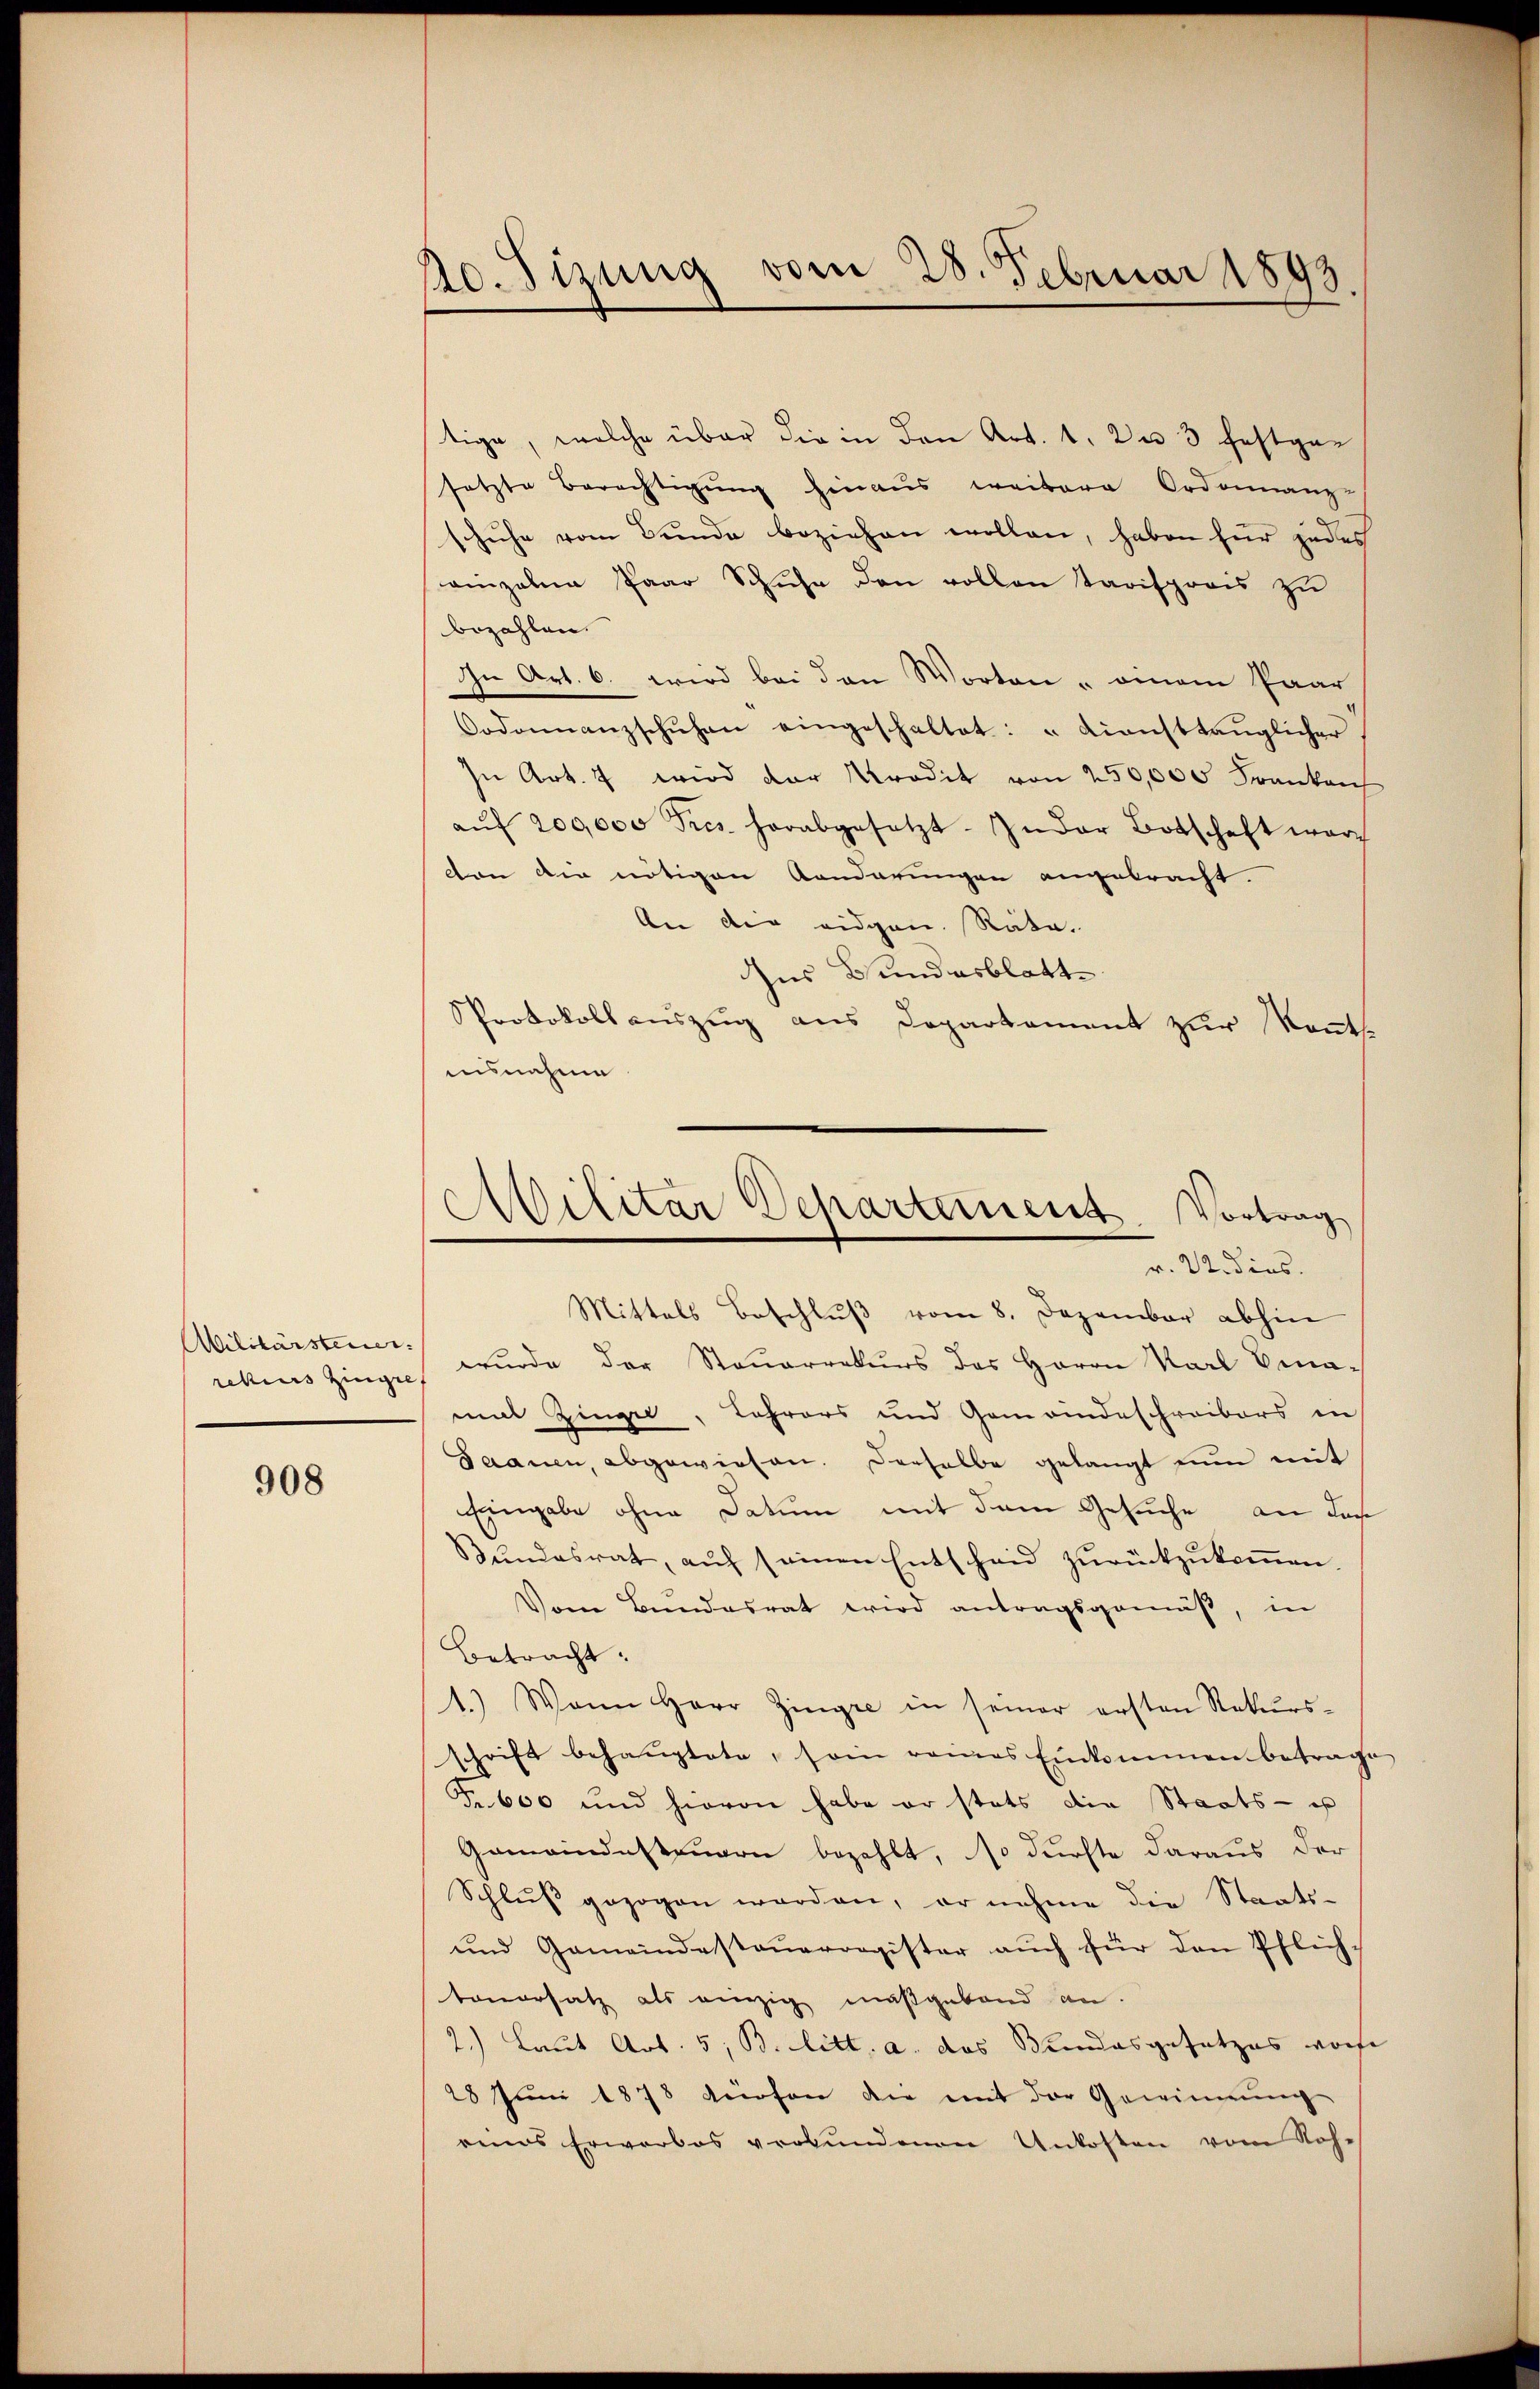
rekurs Zingie

908

10. Sizung vom 28. Februar 1893.

tige, welche über die in den Art. 1. 2 u 3 festgesetzte Berechtigung hinaus weitere Ordinanz-
schuhe vom Bunde beziehen wollen, haben für jedes
einzelne Paar Schuhe den vollen Tarispreis zu
bezahlen.
In Art. 6. wird bei den Worten - einem Paar
Codonnanzschuhen eingeschaltet: "diensttauglicher
In Art. 7 wird der Prodit von 250,000 Frankenh
aŭf 200,000 Fres. herabgesetzt. Zŭ der Botschaft war
von die nötigen Aenderungen angebracht.
An die eidgen. Räte.
Ins Bundesblatt
Protokoll auszug aus Departement zur Kont
unsnahme

Avilitar Departeinen Vortrag
v. Stadius.

Mittels Beschluß vom 8. Dezember abhin
Militärstern wurde der Steuerrekurs des Herrn Karl Emamal Zinger, Lehrers und Gemeindeschreibers in
Saanen, abgewiesen. Derselbe gelangt nun mit
Eingabe ohne Datum mit dem Gesuche an das
Bŭndesrat, aŭf seinen Entscheid zŭrückzŭkoṁen.
Vom Bundesrat wird antragsgemäß, in
Betracht:
1.) Wann Herr Zingre in seiner ersten Rekŭrs-
schrift behauptete, sein reines Einkommen betrage
Fr. 600 und hievon habe er stets die Staats- u
Gemeindesteuern bezahlt, so dürfte daraus der
Schlŭβ gezogen werden, er nehme die Staats-
und Gemeindesteŭerregister aŭch für den Pflich-
tanersatz als einzig maßgeband an.
2.) Laut Art. 5; B. litt. a. das Bundesgesetzes worfe
28 Juni 1878 dürfen die mit der Gewinnung
eines Erwerbes verbŭndenen Unkosten vom Rohe